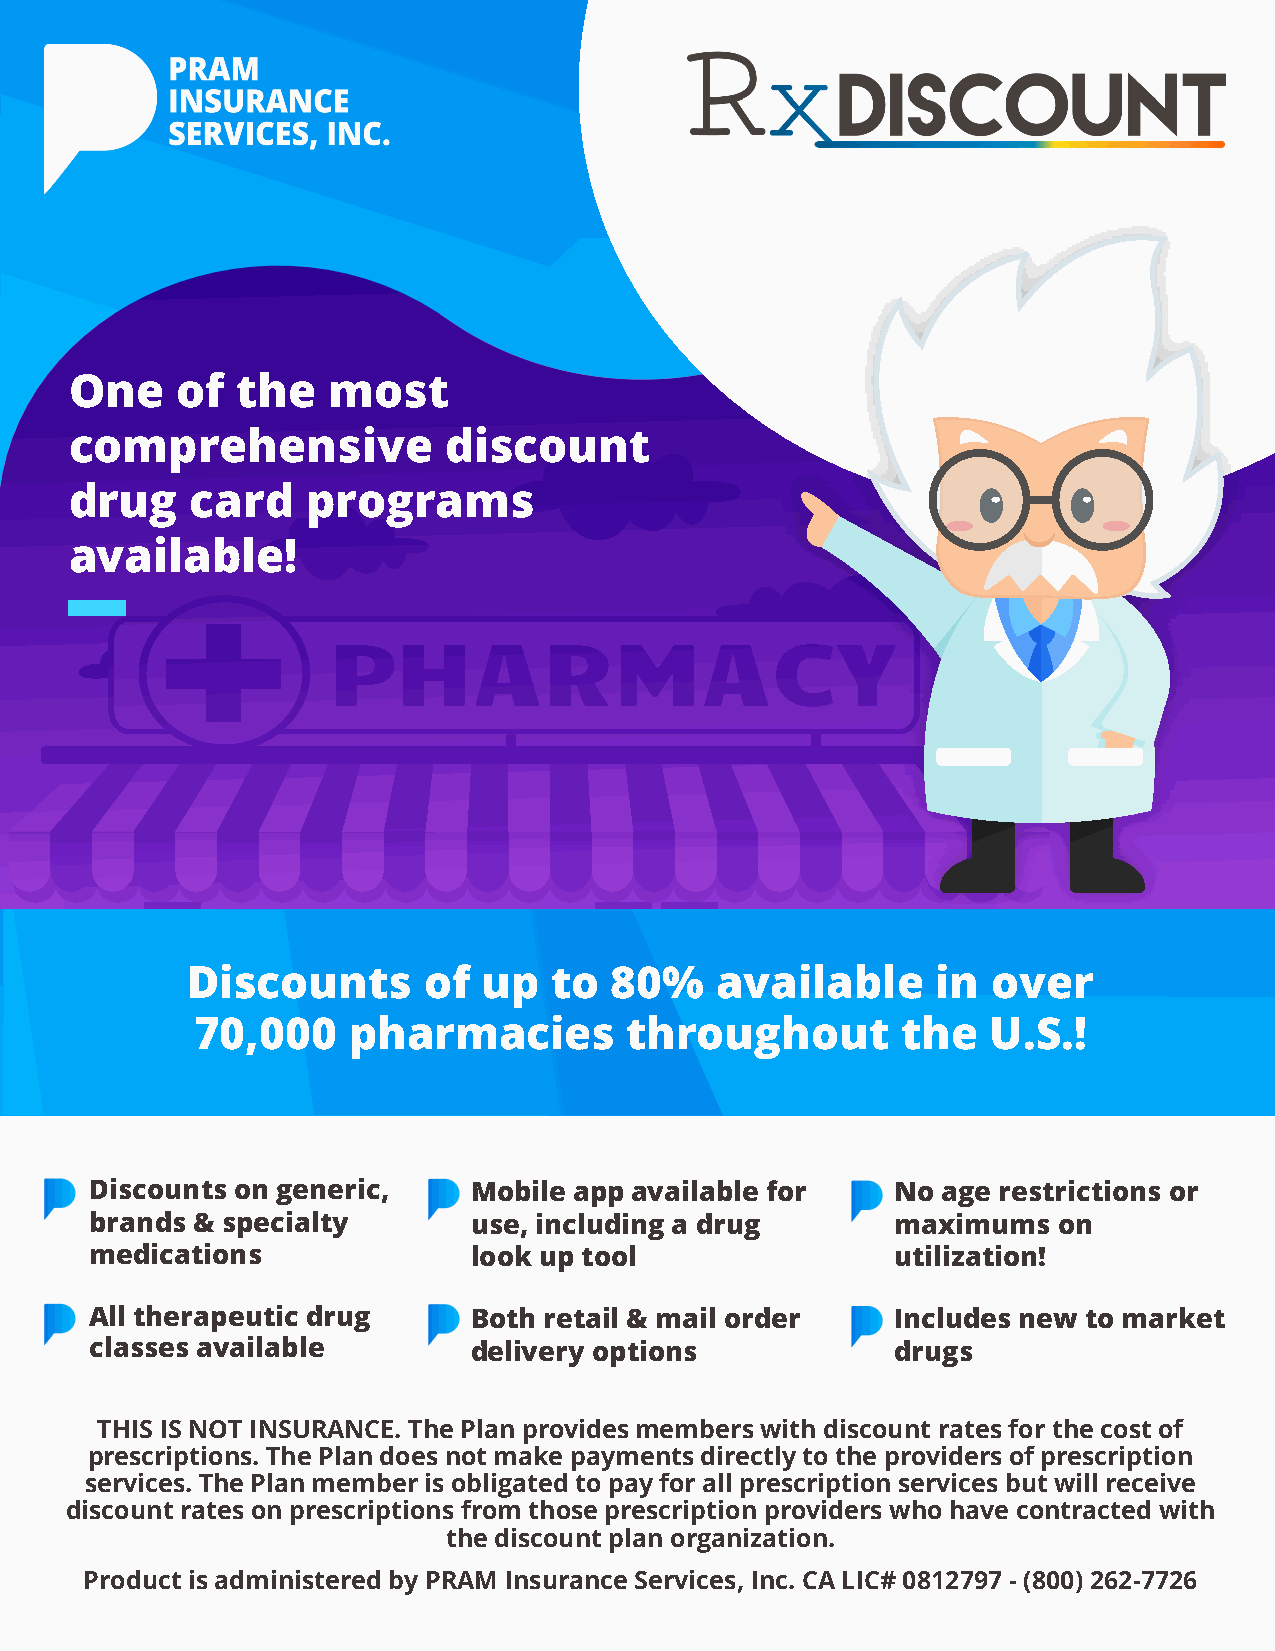
One    of  the   most
 comprehensive           discount
 drug    card   programs
 available!
 Discounts       of  up  to  80%    available      in  over
 70,000    pharmacies        throughout         the   U.S.!
 Discounts on generic,    Mobile app available for    No age restrictions or
 brands & specialty       use, including a drug       maximums   on
 medications              look up tool                utilization!
 All therapeutic drug     Both retail & mail order    Includes new to market
 classes available        delivery options            drugs
 THIS IS NOT INSURANCE. The Plan provides members with discount rates for the cost of
 prescriptions. The Plan does not make payments directly to the providers of prescription
 services. The Plan member is obligated to pay for all prescription services but will receive
 discount rates on prescriptions from those prescription providers who have contracted with
 the discount plan organization.
 Product is administered by PRAM Insurance Services, Inc. CA LIC# 0812797 - (800) 262-7726